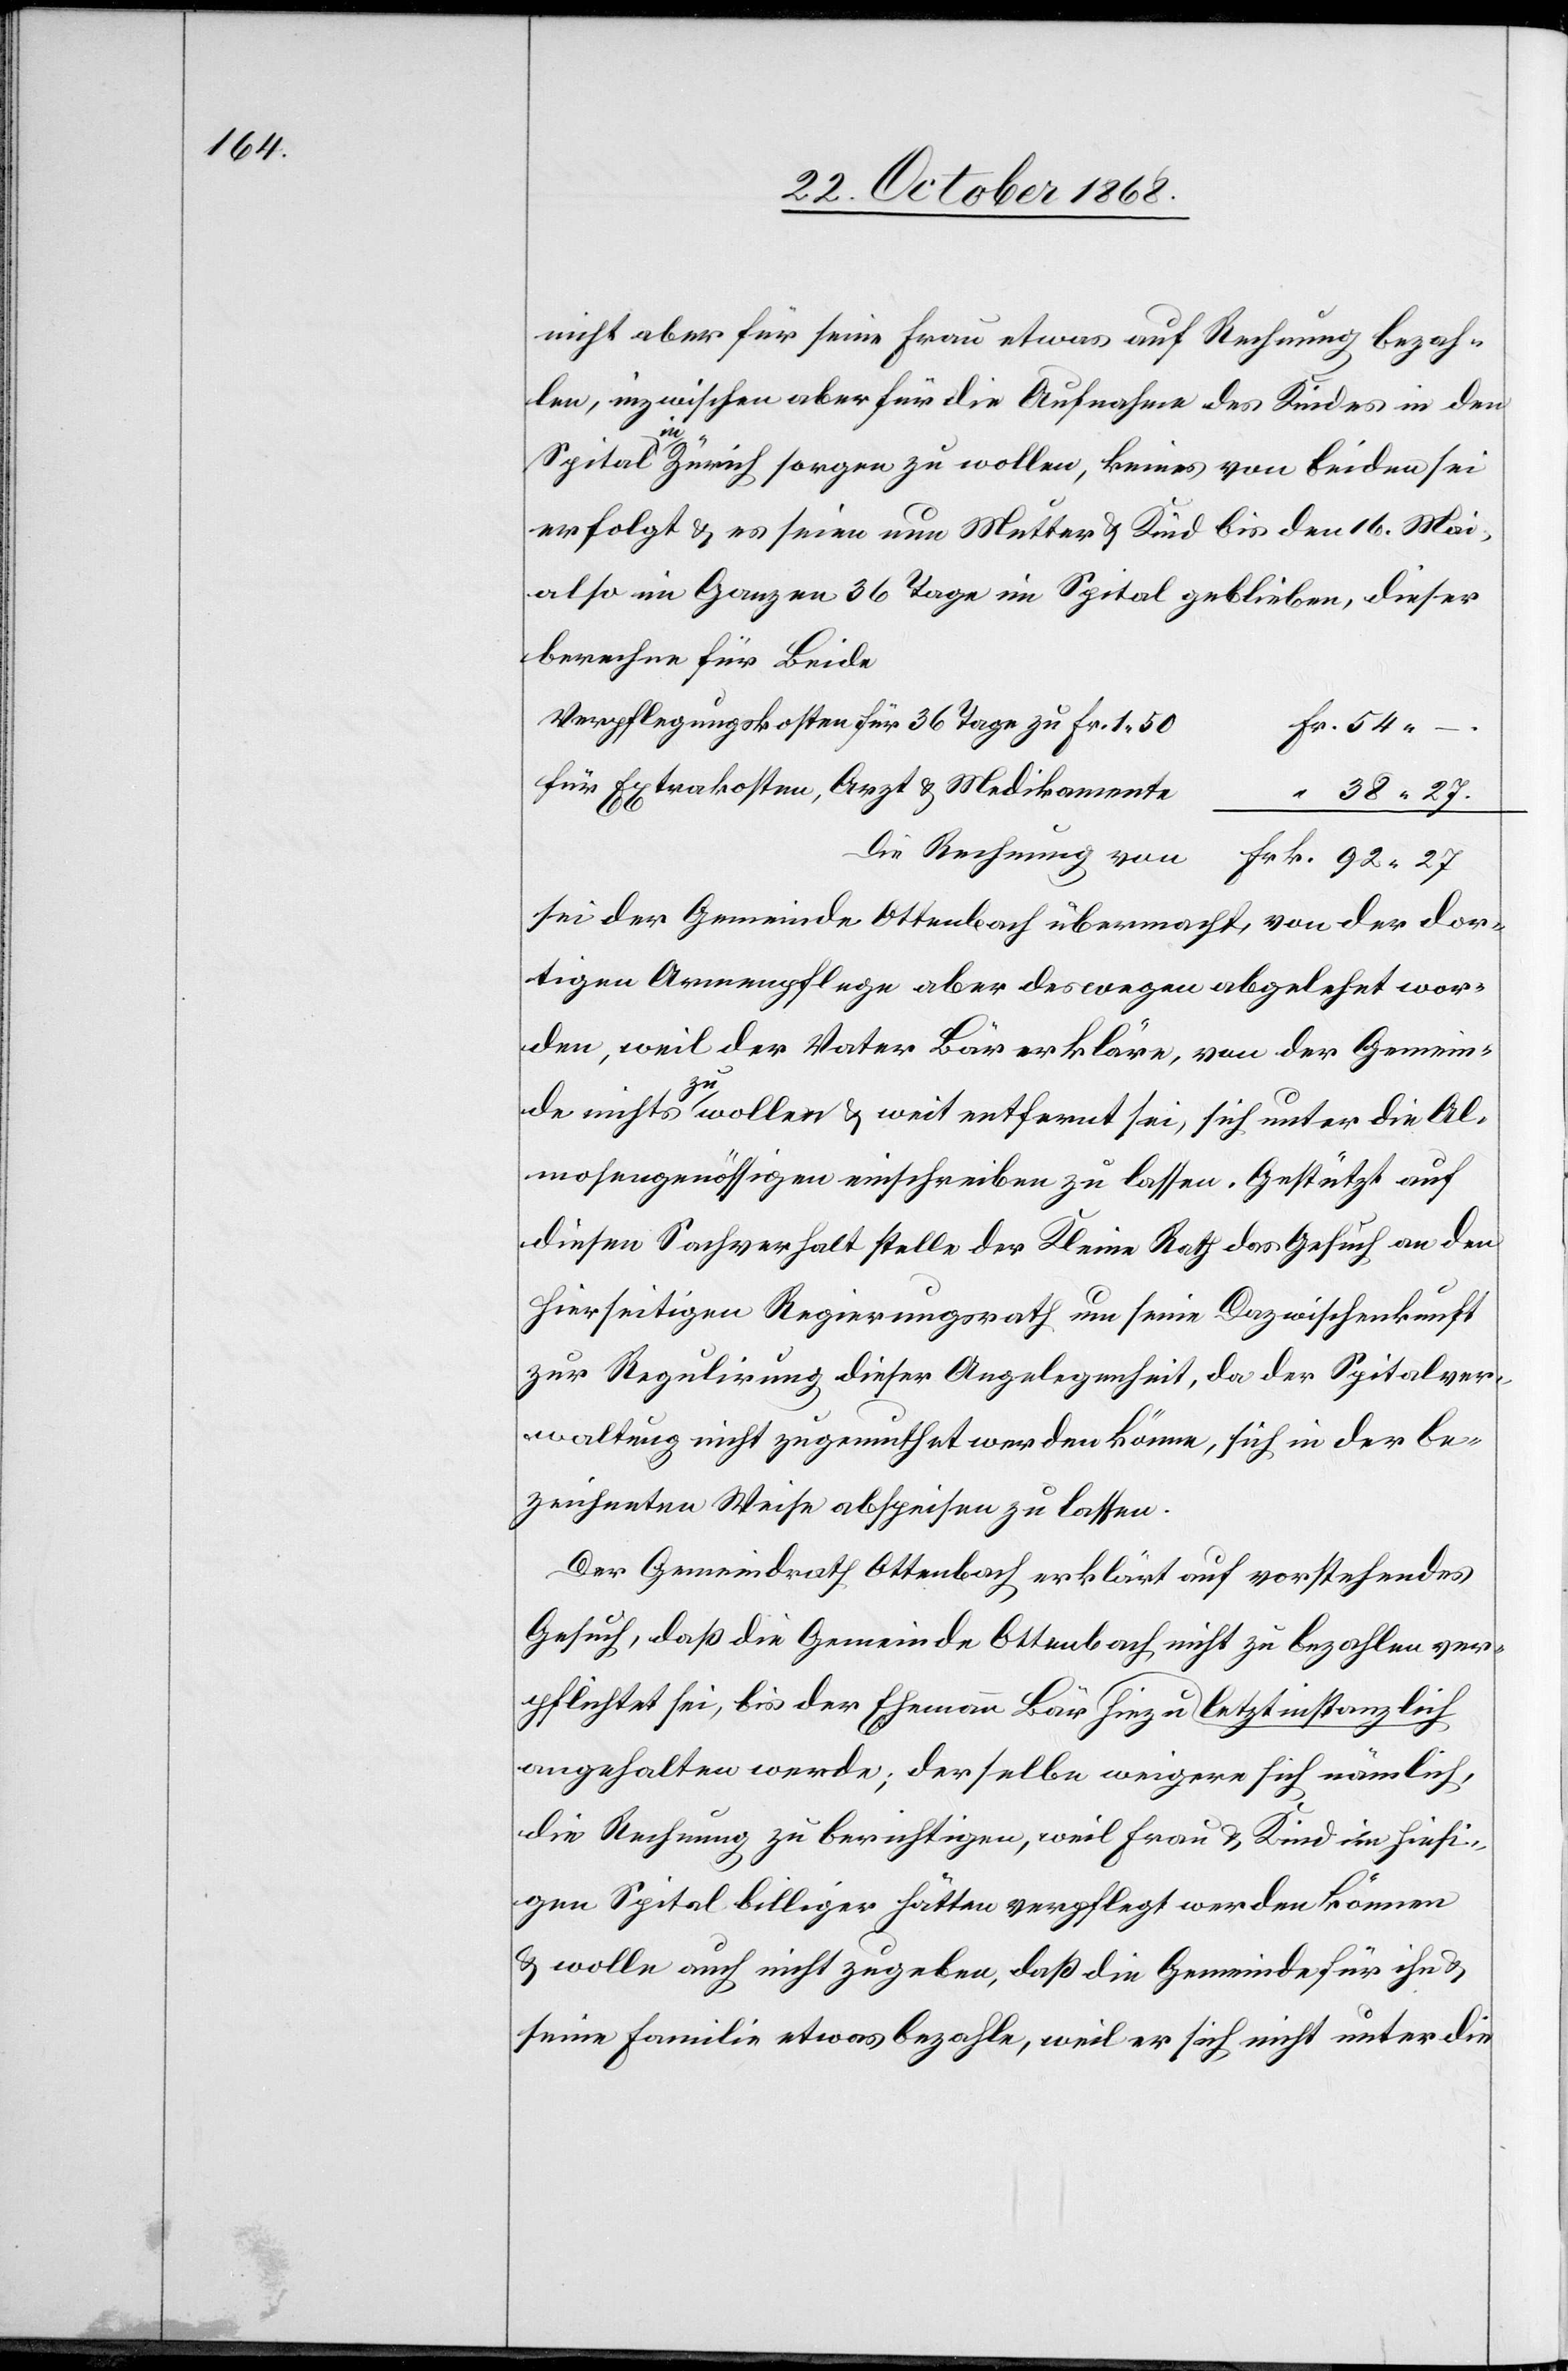
nicht aber für seine Frau etwas auf Rechnung bezah¬
len, inzwischen aber für die Aufnahme des Kindes in den
Spital in Zürich sorgen zu wollen, keines von beiden sei
erfolgt & es seien nun Mutter & Kind bis den 16. Mai,
also im Ganzen 36 Tage im Spital geblieben, dieser
berechne für Beide:
Verpflegungskosten für 36 Tage zu Fr. 1.50
von
Frk. 92.27
für Extrakosten, Arzt & Medikamente
“ 38.27
sei der Gemeinde Ottenbach übermacht, von der dor¬
tigen Armenpflege aber deswegen abgelehnt wor¬
den, weil der Vater Bär erkläre, von der Gemein¬
de nichts zu wollen & weit entfernt sei, sich unter die Al¬
mosengenössigen einschreiben zu lassen. Gestützt auf
diesen Sachverhalt stelle der Kleine Rath das Gesuch an den
hierseitigen Regierungsrath um seine Dazwischenkunft
zur Regulirung dieser Angelegenheit, da der Spitalver¬
waltung nicht zugemuthet werden könne, sich in der be¬
zeichneten Weise abspeisen zu lassen.
Der Gemeindrath Ottenbach erklärt auf vorstehendes
Gesuch, daß die Gemeinde Ottenbach nicht zu bezahlen ver¬
pflichtet sei, bis der Ehemann Bär letztinstanzlich
angehalten werde; derselbe weigere sich nämlich,
die Rechnung zu berichtigen, weil Frau & Kind im hiesi¬
gen Spital billiger hätten verpflegt werden können
& wolle auch nicht zugeben, daß die Gemeinde für ihn &
seine Familie etwas bezahle, weil er sich nicht unter die